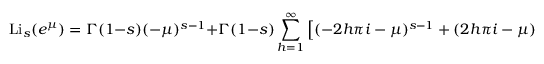
\operatorname { L i } _ { s } ( e ^ { \mu } ) = \Gamma ( 1 - s ) ( - \mu ) ^ { s - 1 } + \Gamma ( 1 - s ) \sum _ { h = 1 } ^ { \infty } \left[ ( - 2 h \pi i - \mu ) ^ { s - 1 } + ( 2 h \pi i - \mu ) ^ { s - 1 } \right] .